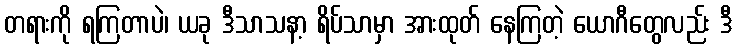
တရားကို ရကြတာပဲ၊ ယခု ဒီသာသနာ့ ရိပ်သာမှာ အားထုတ် နေကြတဲ့ ယောဂီတွေလည်း ဒီ